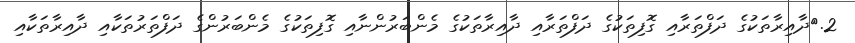
2.	ދާއިރާތަކުގެ ދަފްތަރާއި ގޮފިތަކުގެ ދަފްތަރާއި ދާއިރާތަކުގެ މެންބަރުންނާއި ގޮފިތަކުގެ މެންބަރުންގެ ދަފްތަރުތަކާއި ދާއިރާތަކާއި